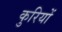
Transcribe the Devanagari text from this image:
कुरियों